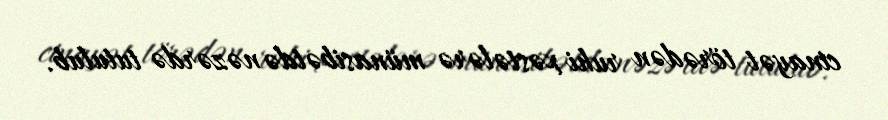
cinayət törədən ruhi xəstələrə münasibətdə nəzərdə tutulub.